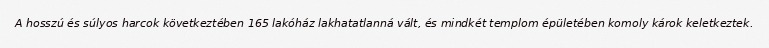
A hosszú és súlyos harcok következtében 165 lakóház lakhatatlanná vált, és mindkét templom épületében komoly károk keletkeztek.